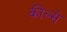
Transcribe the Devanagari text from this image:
कील्से